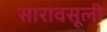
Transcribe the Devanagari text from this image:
सारावसूली